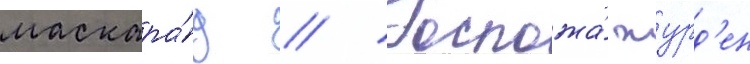
маскара́д // Госпожа́ журд'ен